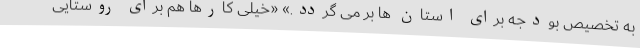
به تخصیص بودجه برای استان ها بر می گردد.» «خیلی کارها هم برای روستایی